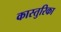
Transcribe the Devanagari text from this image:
कास्तुरिका